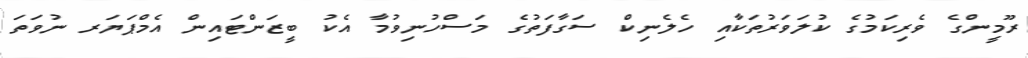
ރޫމީންގެ ވެރިކަމުގެ ކުލަވަރުތަކާއި ހެލެނިކް ސަގާފަތުގެ މަސްހުނިވުމާ އެކު ބީޒަންޓައިން އެމްޕަޔަރ ނުވަތަ